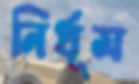
নির্ধূম